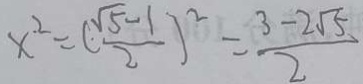
x ^ { 2 } = ( \frac { \sqrt { 5 } - 1 } { 2 } ) ^ { 2 } = \frac { 3 - 2 \sqrt { 5 } } { 2 }